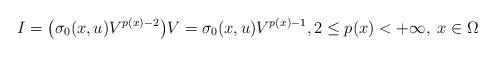
LaTeX: \begin{align*}I=\big(\sigma_0(x,u)V^{p(x)-2}\big)V=\sigma_0(x,u)V^{p(x)-1},2\le p(x)<+\infty,\; x\in\Omega \end{align*}